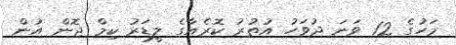
މަހުގެ 12 ވަނަ ދުވަހު އުތުރު ކޮރެއާގެ ލީޑަރު ކިމް ޖޮން އުން